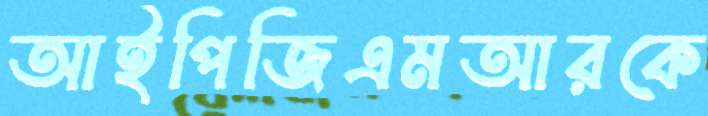
আইপিজিএমআরকে